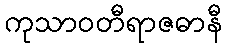
ကုသာဝတီရာဇဓာနီ